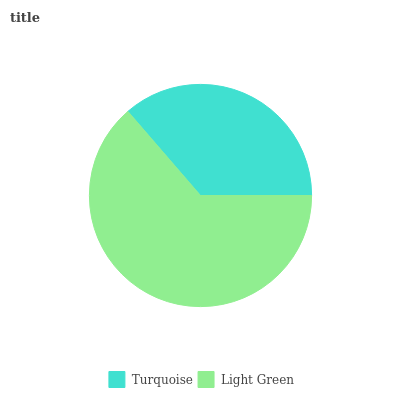
| Turquoise | Light Green |
 | --- | --- |
 | 36.3% | 63.7% |